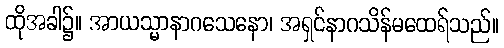
ထိုအခါ၌။ အာယသ္မာနာဂသေနော၊ အရှင်နာဂသိန်မထေရ်သည်။